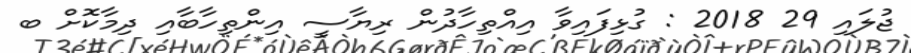
ޖުލައި 29 2018 : ގުޅިފައިވާ އިއްތިހާދުން ރިޔާސީ އިންތިހާބާއި ދިމާކޮށް ބ